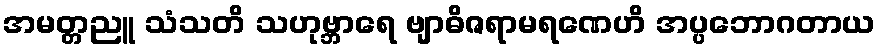
အမတ္တညူ သံသတိ သဟုဗ္ဘာရေ ဗျာဓိဇရာမရဏေဟိ အပ္ပဘောဂတာယ